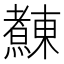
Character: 𰟴